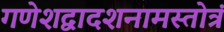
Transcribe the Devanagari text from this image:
गणेशद्वादशनामस्तोत्रं